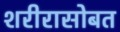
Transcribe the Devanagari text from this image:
शरीरासोबत